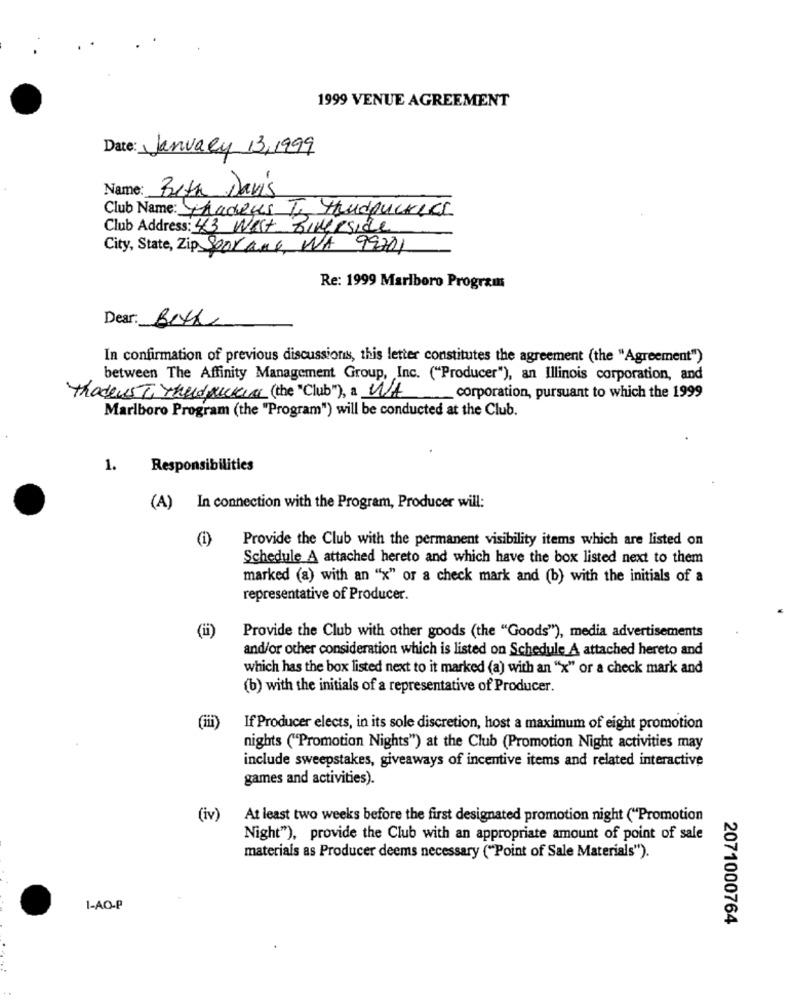
1999 VENUE AGREEMENT
Date: January 13,1999
Name: Beth Davis
Club Name: Chadeus T. Hundpucrees
Club Address: 43 Wist Riverside
City, State, Zip Seorang, WA 99201
Re: 1999 Marlboro Program
Dear: Beth
In confirmation of previous discussions, this letter constitutes the agreement (the "Agreement")
between The Affinity Management Group, Inc. ("Producer"), an Illinois corporation, and
Thodeus Trhudrucken (the "Club"), a WA corporation, pursuant to which the 1999
Marlboro Program (the "Program") will be conducted at the Club.
1.
Responsibilities
(A) In connection with the Program, Producer will:
(1)
Provide the Club with the permanent visibility items which are listed on
Schedule A attached hereto and which have the box listed next to them
marked (a) with an "x" or a check mark and (b) with the initials of a
representative of Producer.
(ii)
Provide the Club with other goods (the "Goods"), media advertisements
and/or other consideration which is listed on Schedule A attached hereto and
which has the box listed next to it marked (a) with an "x" or a check mark and
(b) with the initials of a representative of Producer.
If Producer elects, in its sole discretion, host a maximum of eight promotion
nights ("Promotion Nights") at the Club (Promotion Night activities may
include sweepstakes, giveaways of incentive items and related interactive
games and activities).
(iv)
At least two weeks before the first designated promotion night ("Promotion
Night"), provide the Club with an appropriate amount of point of sale
materials as Producer deems necessary ("Point of Sale Materials").
I-AO-P
2071000764
. .